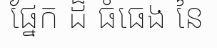
ផ្នែក ដ៏ ធំធេង នៃ